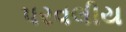
પરવલીય